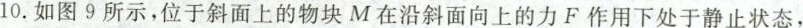
10.如图9所示，位于斜面上的物块M在沿斜面向上的力F作用下处于静止状态，